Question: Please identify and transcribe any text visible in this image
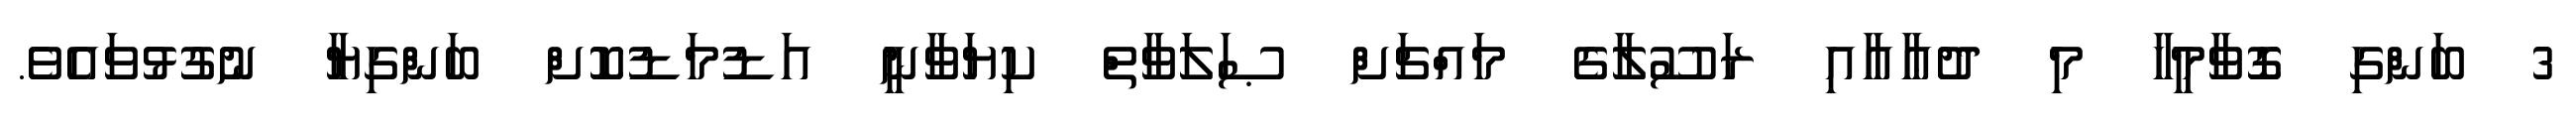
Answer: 3 ބަންގި ގޮވާމީހާ މި ދުޢާއާއި ރަސޫލާގެ މައްޗަށް ޞަލަވާތް ކިޔަވާނީ އަޑުމަޑުކޮށް ބަންގިޔާ ނުގުޅުވައެވެ.